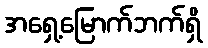
အရှေ့မြောက်ဘက်ရှိ